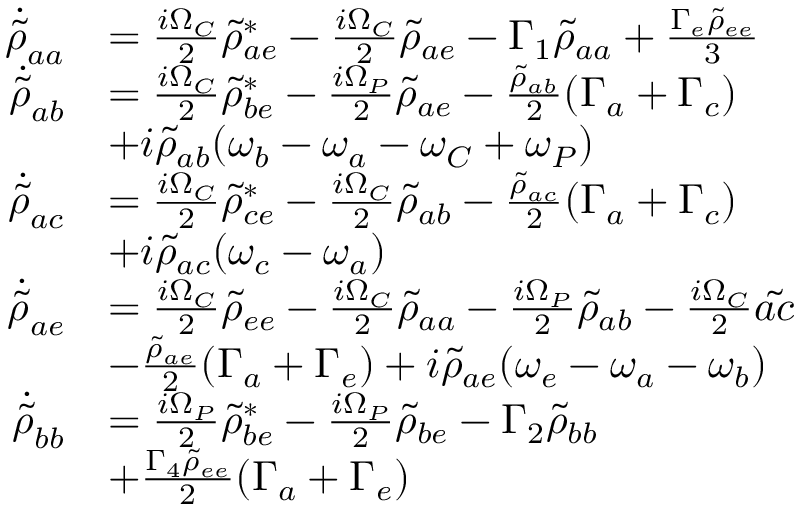
\begin{array} { r l } { \Dot { \Tilde { \rho } } _ { a a } } & { = \frac { i \Omega _ { C } } { 2 } \Tilde { \rho } _ { a e } ^ { * } - \frac { i \Omega _ { C } } { 2 } \Tilde { \rho } _ { a e } - \Gamma _ { 1 } \Tilde { \rho } _ { a a } + \frac { \Gamma _ { e } \Tilde { \rho } _ { e e } } { 3 } } \\ { \Dot { \Tilde { \rho } } _ { a b } } & { = \frac { i \Omega _ { C } } { 2 } \Tilde { \rho } _ { b e } ^ { * } - \frac { i \Omega _ { P } } { 2 } \Tilde { \rho } _ { a e } - \frac { \Tilde { \rho } _ { a b } } { 2 } ( \Gamma _ { a } + \Gamma _ { c } ) } \\ & { + i \Tilde { \rho } _ { a b } ( \omega _ { b } - \omega _ { a } - \omega _ { C } + \omega _ { P } ) } \\ { \Dot { \Tilde { \rho } } _ { a c } } & { = \frac { i \Omega _ { C } } { 2 } \Tilde { \rho } _ { c e } ^ { * } - \frac { i \Omega _ { C } } { 2 } \Tilde { \rho } _ { a b } - \frac { \Tilde { \rho } _ { a c } } { 2 } ( \Gamma _ { a } + \Gamma _ { c } ) } \\ & { + i \Tilde { \rho } _ { a c } ( \omega _ { c } - \omega _ { a } ) } \\ { \Dot { \Tilde { \rho } } _ { a e } } & { = \frac { i \Omega _ { C } } { 2 } \Tilde { \rho } _ { e e } - \frac { i \Omega _ { C } } { 2 } \Tilde { \rho } _ { a a } - \frac { i \Omega _ { P } } { 2 } \Tilde { \rho } _ { a b } - \frac { i \Omega _ { C } } { 2 } \Tilde { a c } } \\ & { - \frac { \Tilde { \rho } _ { a e } } { 2 } ( \Gamma _ { a } + \Gamma _ { e } ) + i \Tilde { \rho } _ { a e } ( \omega _ { e } - \omega _ { a } - \omega _ { b } ) } \\ { \Dot { \Tilde { \rho } } _ { b b } } & { = \frac { i \Omega _ { P } } { 2 } \Tilde { \rho } _ { b e } ^ { * } - \frac { i \Omega _ { P } } { 2 } \Tilde { \rho } _ { b e } - \Gamma _ { 2 } \Tilde { \rho } _ { b b } } \\ & { + \frac { \Gamma _ { 4 } \Tilde { \rho } _ { e e } } { 2 } ( \Gamma _ { a } + \Gamma _ { e } ) } \end{array}